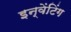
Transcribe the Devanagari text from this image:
इन्वेंटिंग